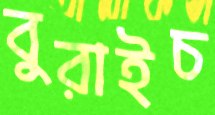
বুরাইচ